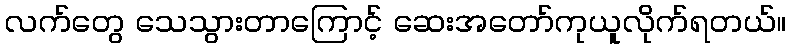
လက်တွေ သေသွားတာကြောင့် ဆေးအတော်ကုယူလိုက်ရတယ်။